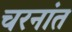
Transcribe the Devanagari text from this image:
चरनांत